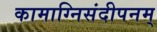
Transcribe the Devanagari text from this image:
कामाग्निसंदीपनम्